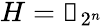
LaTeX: H=\mathbb{0}_{2^{n}}